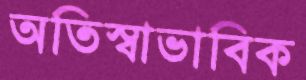
অতিস্বাভাবিক